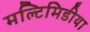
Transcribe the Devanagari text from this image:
मल्टिमिडीया